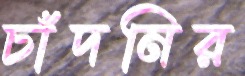
চাঁদনির